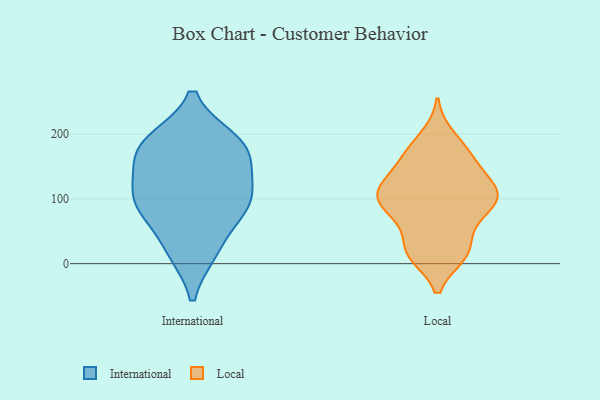
{"axis": {"x": "Churn Rate (%)", "y": "Value"}, "legend": ["International", "Local"], "data": [{"x": "", "y": 157, "type": "International"}, {"x": "", "y": 19, "type": "International"}, {"x": "", "y": 83, "type": "International"}, {"x": "", "y": 88, "type": "International"}, {"x": "", "y": 83, "type": "International"}, {"x": "", "y": 112, "type": "International"}, {"x": "", "y": 185, "type": "International"}, {"x": "", "y": 102, "type": "International"}, {"x": "", "y": 135, "type": "International"}, {"x": "", "y": 189, "type": "International"}, {"x": "", "y": 173, "type": "International"}, {"x": "", "y": 190, "type": "International"}, {"x": "", "y": 19, "type": "International"}, {"x": "", "y": 172, "type": "Local"}, {"x": "", "y": 196, "type": "Local"}, {"x": "", "y": 98, "type": "Local"}, {"x": "", "y": 29, "type": "Local"}, {"x": "", "y": 132, "type": "Local"}, {"x": "", "y": 14, "type": "Local"}, {"x": "", "y": 105, "type": "Local"}, {"x": "", "y": 14, "type": "Local"}, {"x": "", "y": 115, "type": "Local"}, {"x": "", "y": 160, "type": "Local"}, {"x": "", "y": 76, "type": "Local"}, {"x": "", "y": 121, "type": "Local"}, {"x": "", "y": 164, "type": "Local"}, {"x": "", "y": 99, "type": "Local"}, {"x": "", "y": 17, "type": "Local"}, {"x": "", "y": 112, "type": "Local"}, {"x": "", "y": 85, "type": "Local"}, {"x": "", "y": 65, "type": "Local"}]}